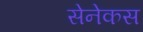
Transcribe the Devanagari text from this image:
सेनेकस